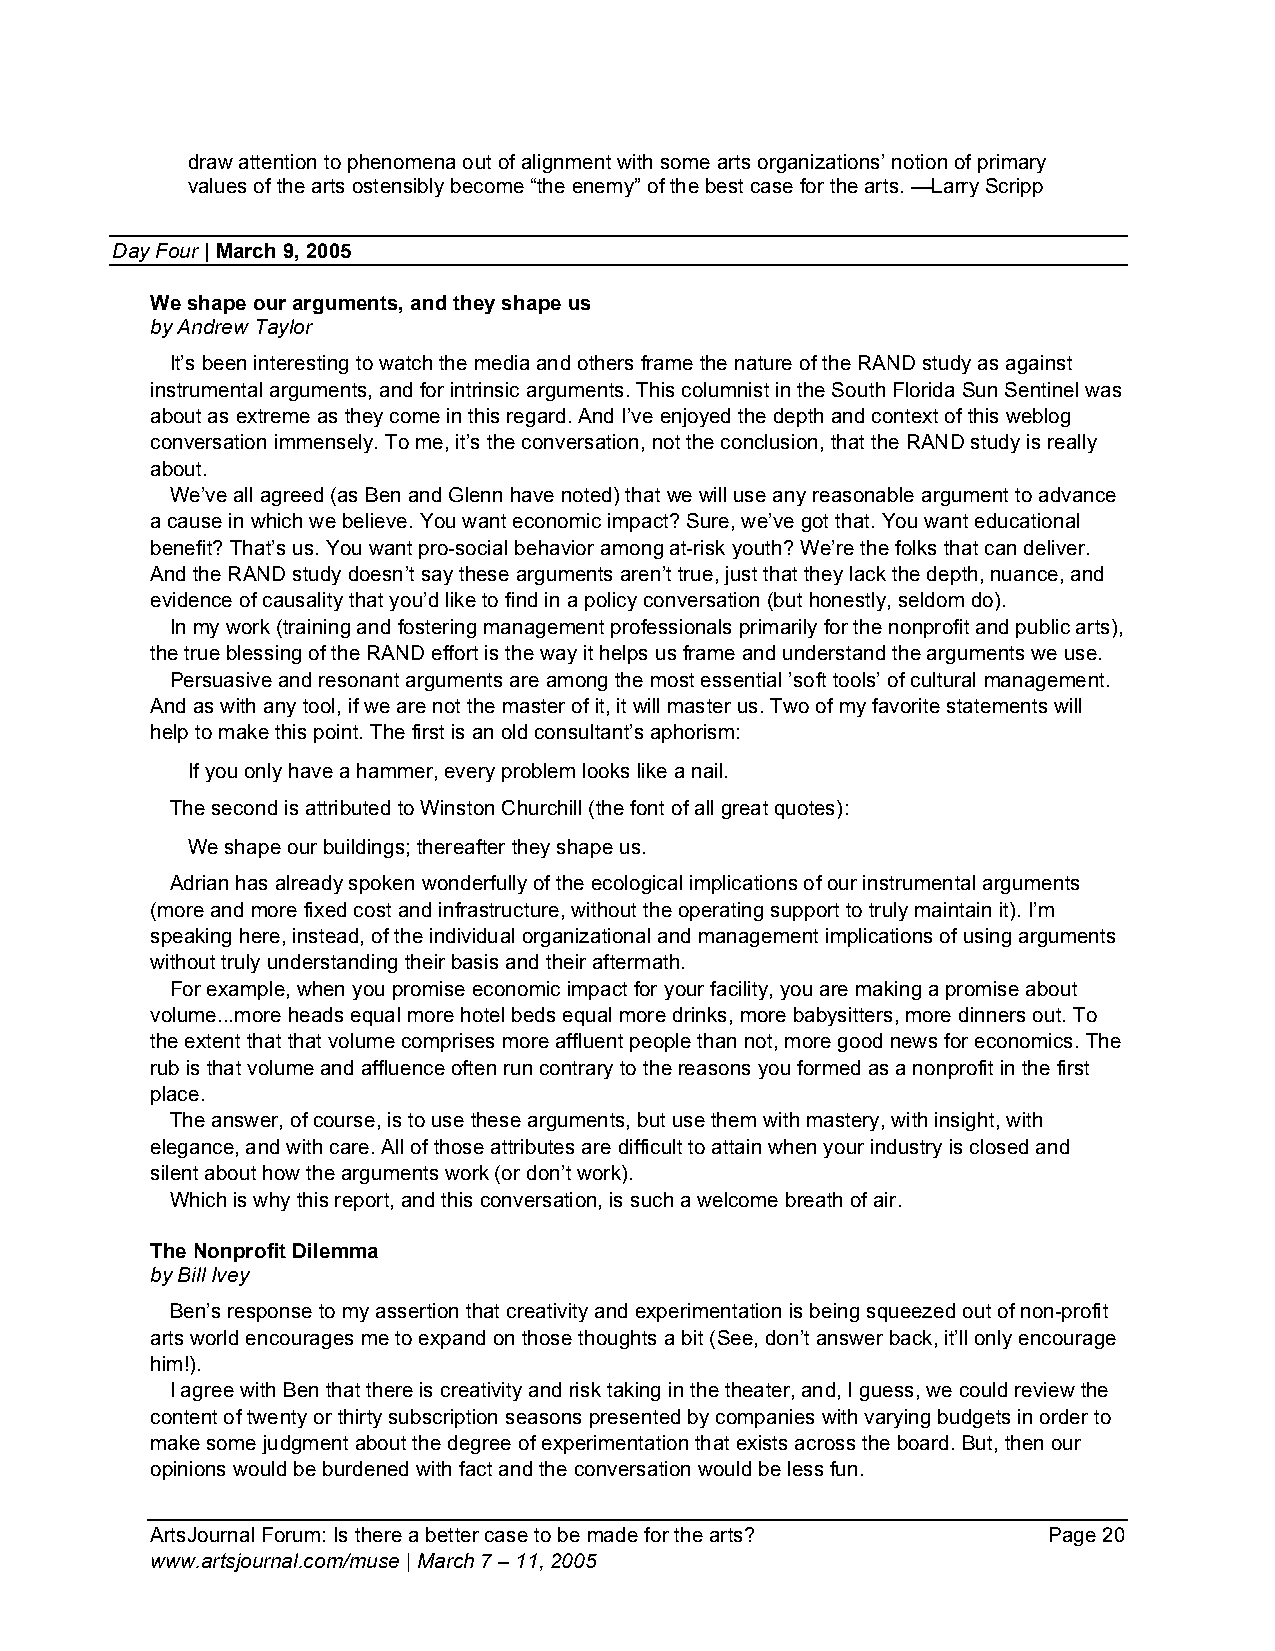
draw attention to phenomena out of alignment with some arts organizations’ notion of primary
 values of the arts ostensibly become “the enemy” of the best case for the arts. —Larry Scripp
 Day Four | March 9, 2005
 We shape our arguments, and they shape us
 by Andrew Taylor
 It’s been interesting to watch the media and others frame the nature of the RAND study as against
 instrumental arguments, and for intrinsic arguments. This columnist in the South Florida Sun Sentinel was
 about as extreme as they come in this regard. And I’ve enjoyed the depth and context of this weblog
 conversation immensely. To me, it’s the conversation, not the conclusion, that the RAND study is really
 about.
 We’ve all agreed (as Ben and Glenn have noted) that we will use any reasonable argument to advance
 a cause in which we believe. You want economic impact? Sure, we’ve got that. You want educational
 benefit? That’s us. You want pro-social behavior among at-risk youth? We’re the folks that can deliver.
 And the RAND study doesn’t say these arguments aren’t true, just that they lack the depth, nuance, and
 evidence of causality that you’d like to find in a policy conversation (but honestly, seldom do).
 In my work (training and fostering management professionals primarily for the nonprofit and public arts),
 the true blessing of the RAND effort is the way it helps us frame and understand the arguments we use.
 Persuasive and resonant arguments are among the most essential ’soft tools’ of cultural management.
 And as with any tool, if we are not the master of it, it will master us. Two of my favorite statements will
 help to make this point. The first is an old consultant’s aphorism:
 If you only have a hammer, every problem looks like a nail.
 The second is attributed to Winston Churchill (the font of all great quotes):
 We shape our buildings; thereafter they shape us.
 Adrian has already spoken wonderfully of the ecological implications of our instrumental arguments
 (more and more fixed cost and infrastructure, without the operating support to truly maintain it). I’m
 speaking here, instead, of the individual organizational and management implications of using arguments
 without truly understanding their basis and their aftermath.
 For example, when you promise economic impact for your facility, you are making a promise about
 volume...more heads equal more hotel beds equal more drinks, more babysitters, more dinners out. To
 the extent that that volume comprises more affluent people than not, more good news for economics. The
 rub is that volume and affluence often run contrary to the reasons you formed as a nonprofit in the first
 place.
 The answer, of course, is to use these arguments, but use them with mastery, with insight, with
 elegance, and with care. All of those attributes are difficult to attain when your industry is closed and
 silent about how the arguments work (or don’t work).
 Which is why this report, and this conversation, is such a welcome breath of air.
 The Nonprofit Dilemma
 by Bill Ivey
 Ben’s response to my assertion that creativity and experimentation is being squeezed out of non-profit
 arts world encourages me to expand on those thoughts a bit (See, don’t answer back, it’ll only encourage
 him!).
 I agree with Ben that there is creativity and risk taking in the theater, and, I guess, we could review the
 content of twenty or thirty subscription seasons presented by companies with varying budgets in order to
 make some judgment about the degree of experimentation that exists across the board. But, then our
 opinions would be burdened with fact and the conversation would be less fun.
 ArtsJournal Forum: Is there a better case to be made for the arts? Page 20
 www.artsjournal.com/muse | March 7 – 11, 2005